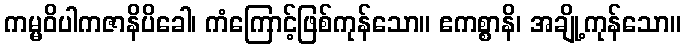
ကမ္မဝိပါကဇာနိပိခေါ၊ ကံကြောင့်ဖြစ်ကုန်သော။ ဧကစ္စာနိ၊ အချို့ကုန်သော။